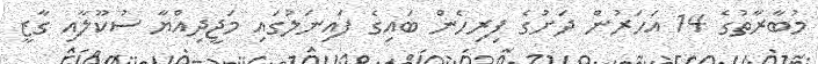
މުބާރާތުގެ 14 އަހަރުން ދަށުގެ ފިރިހެން ބައިގެ ފައިނަލުގައި މަޖީދިއްޔާ ސުކޫލާއި ގާޒީ